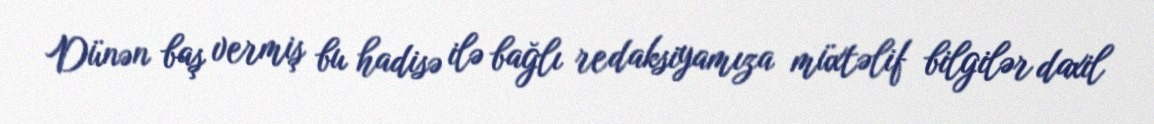
Dünən baş vermiş bu hadisə ilə bağlı redaksiyamıza müxtəlif bilgilər daxil